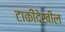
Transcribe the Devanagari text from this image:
टाकीदेखील